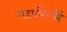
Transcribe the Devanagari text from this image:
महर्षीमध्यें